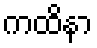
ကထိနာ